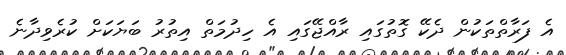
އެ ފަރާތްތަކުން ދެކޭ ގޮތުގައި ރާއްޖޭގައި އެ ހިދުމަތް އިތުރު ބަޔަކަށް ކުރެވިދާނެ